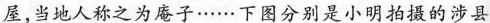
屋，当地人称之为庵子……下图分别是小明拍摄的涉县